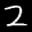
Label: 2